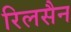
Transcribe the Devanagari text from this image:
रिलसैन